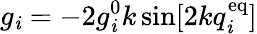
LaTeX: g_{\mathit{i}}=-2g_{\mathit{i}}^{0}k\sin[2kq_{\mathit{i}}^{\mathrm{{eq}}}]